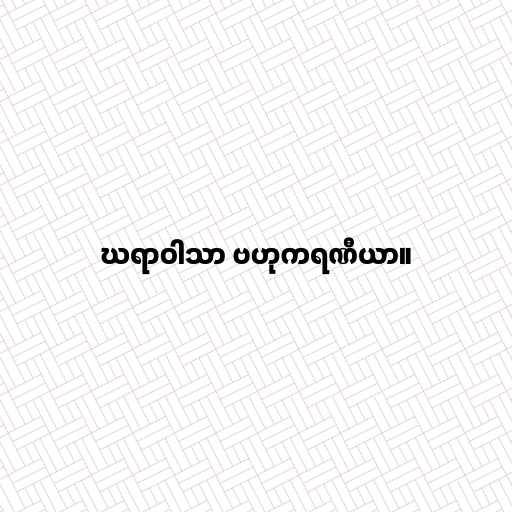
ဃရာဝါသာ ဗဟုကရဏီယာ။